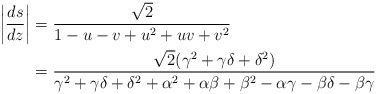
\begin{align*}\left | \frac{ds}{dz} \right | &= \frac{\sqrt 2}{1-u-v+u^2+uv+v^2} \\&= \frac{\sqrt 2 (\gamma^2 + \gamma\delta + \delta^2)}{\gamma^2 + \gamma\delta + \delta^2 + \alpha^2 + \alpha\beta + \beta^2 - \alpha\gamma-\beta\delta-\beta\gamma}\end{align*}